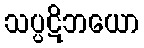
သပ္ပဋိဘယော